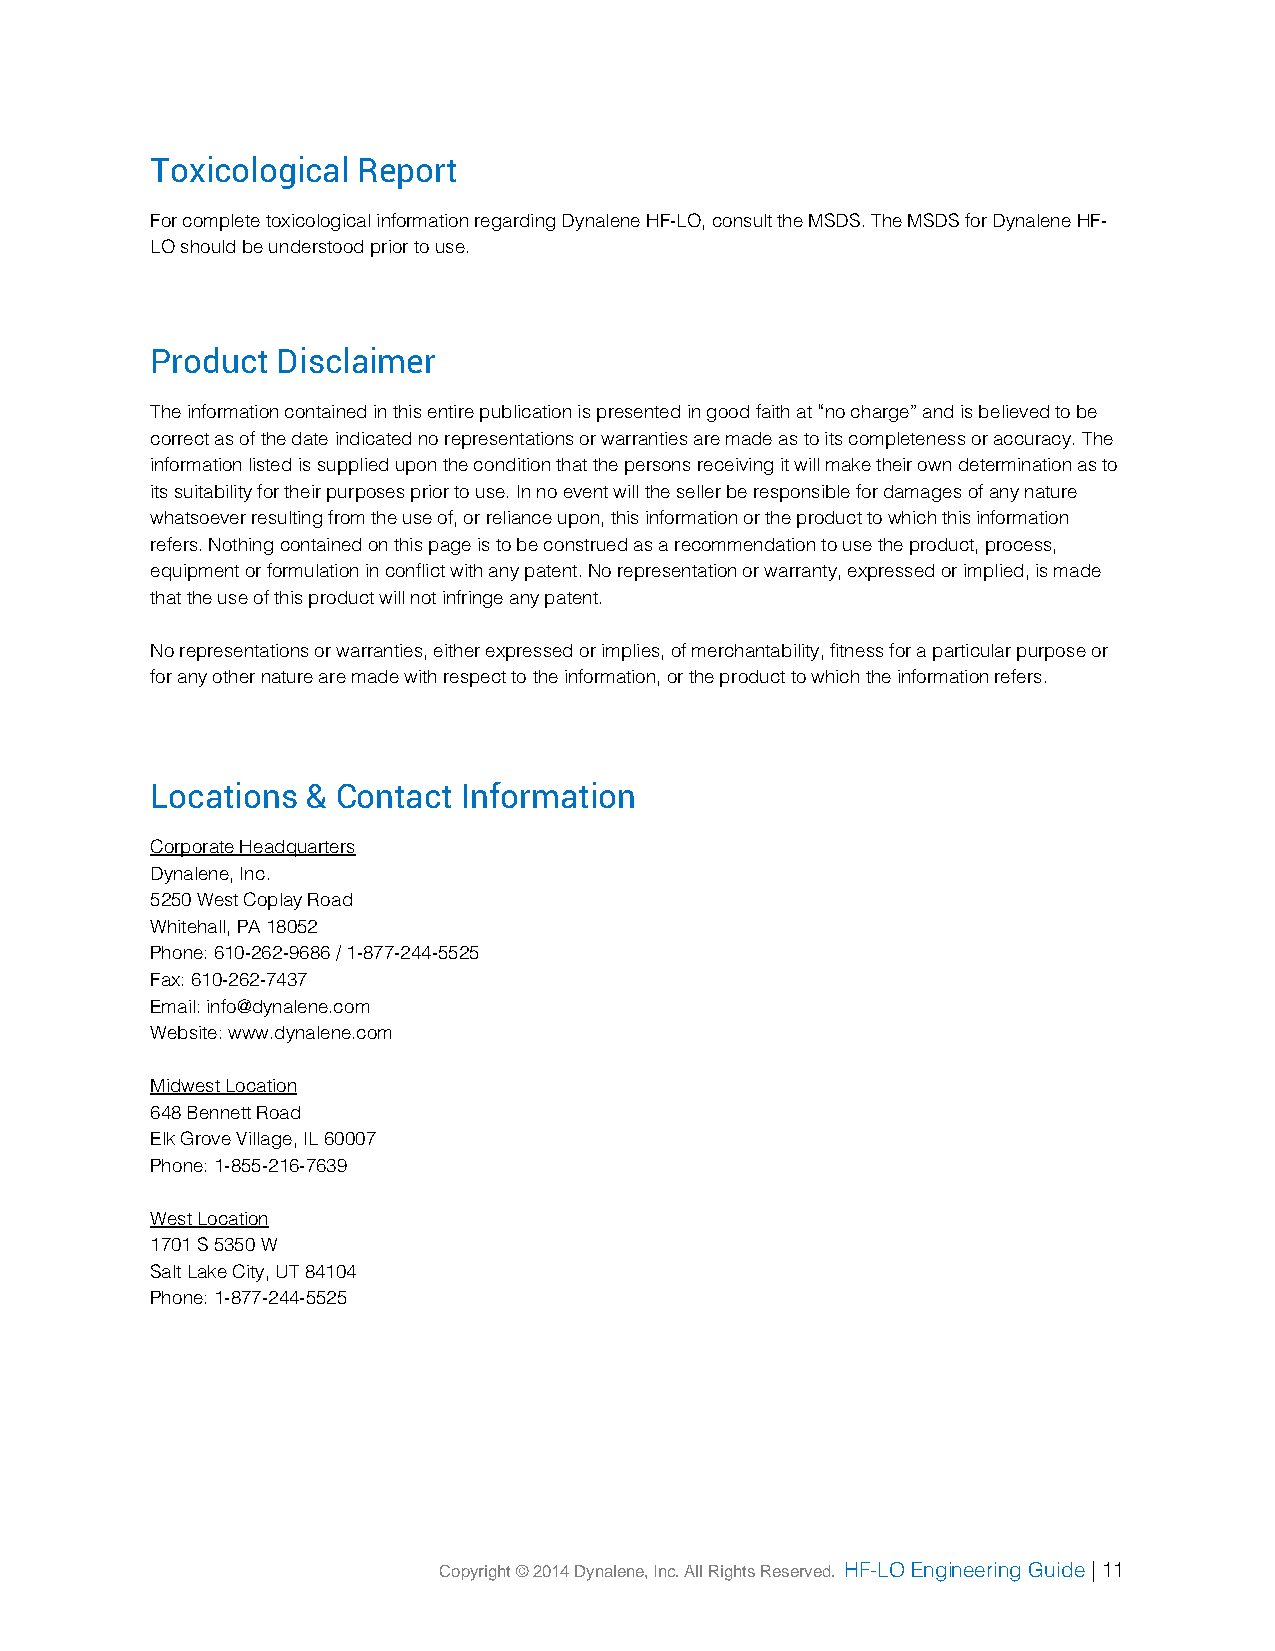
Toxicological Report
 For complete toxicological information regarding Dynalene HF-LO, consult the MSDS. The MSDS for Dynalene HF-
 LO should be understood prior to use.
 Product Disclaimer
 The information contained in this entire publication is presented in good faith at “no charge” and is believed to be
 correct as of the date indicated no representations or warranties are made as to its completeness or accuracy. The
 information listed is supplied upon the condition that the persons receiving it will make their own determination as to
 its suitability for their purposes prior to use. In no event will the seller be responsible for damages of any nature
 whatsoever resulting from the use of, or reliance upon, this information or the product to which this information
 refers. Nothing contained on this page is to be construed as a recommendation to use the product, process,
 equipment or formulation in conflict with any patent. No representation or warranty, expressed or implied, is made
 that the use of this product will not infringe any patent.
 No representations or warranties, either expressed or implies, of merchantability, fitness for a particular purpose or
 for any other nature are made with respect to the information, or the product to which the information refers.
 Locations & Contact  Information
 Corporate Headquarters
 Dynalene, Inc.
 5250 West Coplay Road
 Whitehall, PA 18052
 Phone: 610-262-9686 / 1-877-244-5525
 Fax: 610-262-7437
 Email: info@dynalene.com
 Website: www.dynalene.com
 Midwest Location
 648 Bennett Road
 Elk Grove Village, IL 60007
 Phone: 1-855-216-7639
 West Location
 1701 S 5350 W
 Salt Lake City, UT 84104
 Phone: 1-877-244-5525
 Copyright © 2014 Dynalene, Inc. All Rights Reserved. HF-LO Engineering Guide | 11